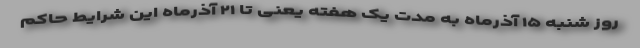
روز شنبه ۱۵ آذرماه به مدت یک هفته یعنی تا ۲۱ آذرماه این شرایط حاکم